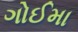
ગોઈમા